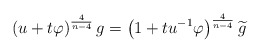
\begin{align*}\left( u+t\varphi \right) ^{\frac{4}{n-4}}g=\left( 1+tu^{-1}\varphi \right)^{\frac{4}{n-4}}\widetilde{g} \end{align*}